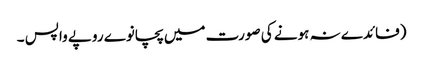
(فائدے نہ ہونے کی صورت میں پچانوے روپے واپس ۔